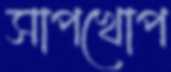
সাপখোপ